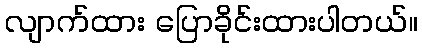
လျာက်ထား ပြောခိုင်းထားပါတယ်။